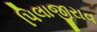
પિલાજીરાવ